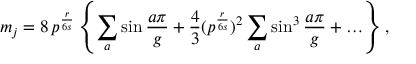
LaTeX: m _ { j } = 8 \, p ^ { \frac { r } { 6 s } } \left\{ \sum _ { a } \sin \frac { a \pi } { g } + \frac { 4 } { 3 } ( p ^ { \frac { r } { 6 s } } ) ^ { 2 } \sum _ { a } \sin ^ { 3 } \frac { a \pi } { g } + \ldots \right\} ,